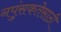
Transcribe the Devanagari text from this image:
नपुंसकतेसाठी